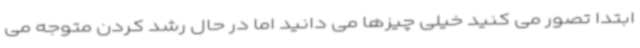
ابتدا تصور می کنید خیلی چیزها می دانید اما در حال رشد کردن متوجه می